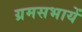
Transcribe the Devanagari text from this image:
ग्रमसभायें